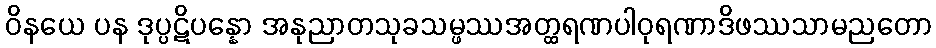
ဝိနယေ ပန ဒုပ္ပဋိပန္နော အနုညာတသုခသမ္ဖဿအတ္ထရဏပါဝုရဏာဒိဖဿသာမညတော